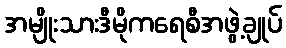
အမျိုးသားဒီမိုကရေစီအဖွဲ့ချုပ်